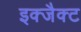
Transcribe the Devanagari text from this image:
इक्जैक्ट